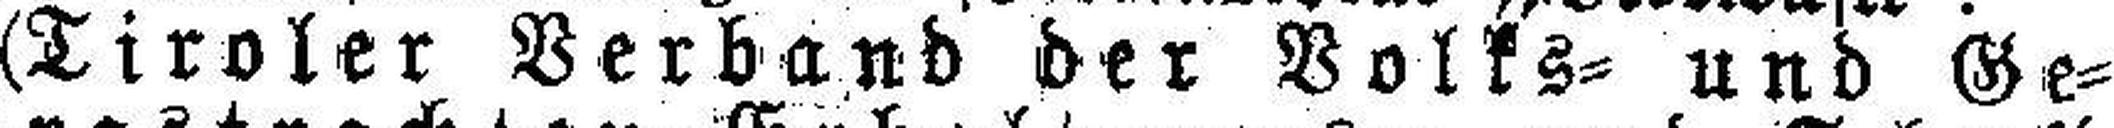
(Tiroler Verband der Volks= und Ge¬